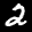
Label: 2